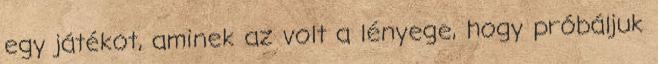
egy játékot, aminek az volt a lényege, hogy próbáljuk